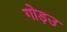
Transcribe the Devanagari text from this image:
गोड़उ